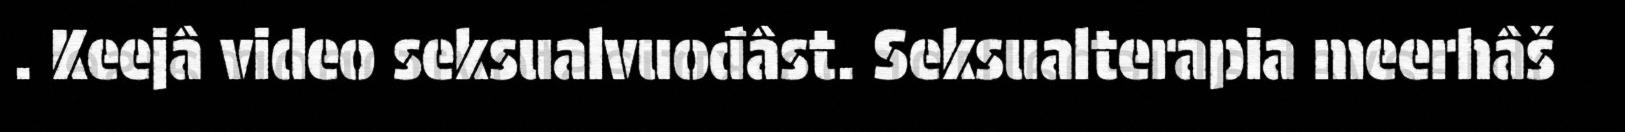
. Keejâ video seksualvuođâst. Seksualterapia meerhâš